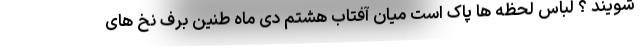
شویند ؟ لباس لحظه ها پاک است میان آفتاب هشتم دی ماه طنین برف نخ های